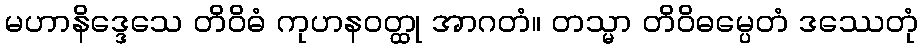
မဟာနိဒ္ဒေသေ တိဝိဓံ ကုဟနဝတ္ထု အာဂတံ။ တသ္မာ တိဝိဓမ္ပေတံ ဒဿေတုံ